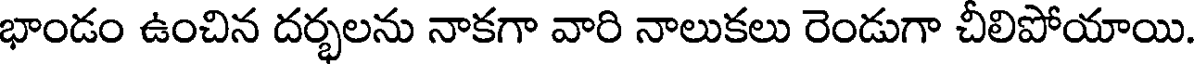
భాండం ఉంచిన దర్భలను నాకగా వారి నాలుకలు రెండుగా చీలిపోయాయి.